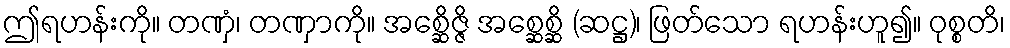
ဤရဟန်းကို။ တဏှံ၊ တဏှာကို။ အစ္ဆေိဇ္ဇိ အစ္ဆေစ္ဆိ (ဆဋ္ဌ)၊ ဖြတ်သော ရဟန်းဟူ၍။ ဝုစ္စတိ၊